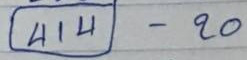
(414) - 20